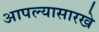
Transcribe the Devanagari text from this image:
आपल्यासारखे